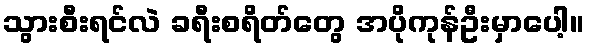
သွားစီးရင်လဲ ခရီးစရိတ်တွေ အပိုကုန်ဦးမှာပေါ့။